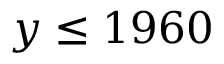
y \leq 1 9 6 0